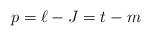
LaTeX: \begin{align*}p=\ell-J=t-m\end{align*}